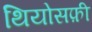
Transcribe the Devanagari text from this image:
थियोसफ़ी